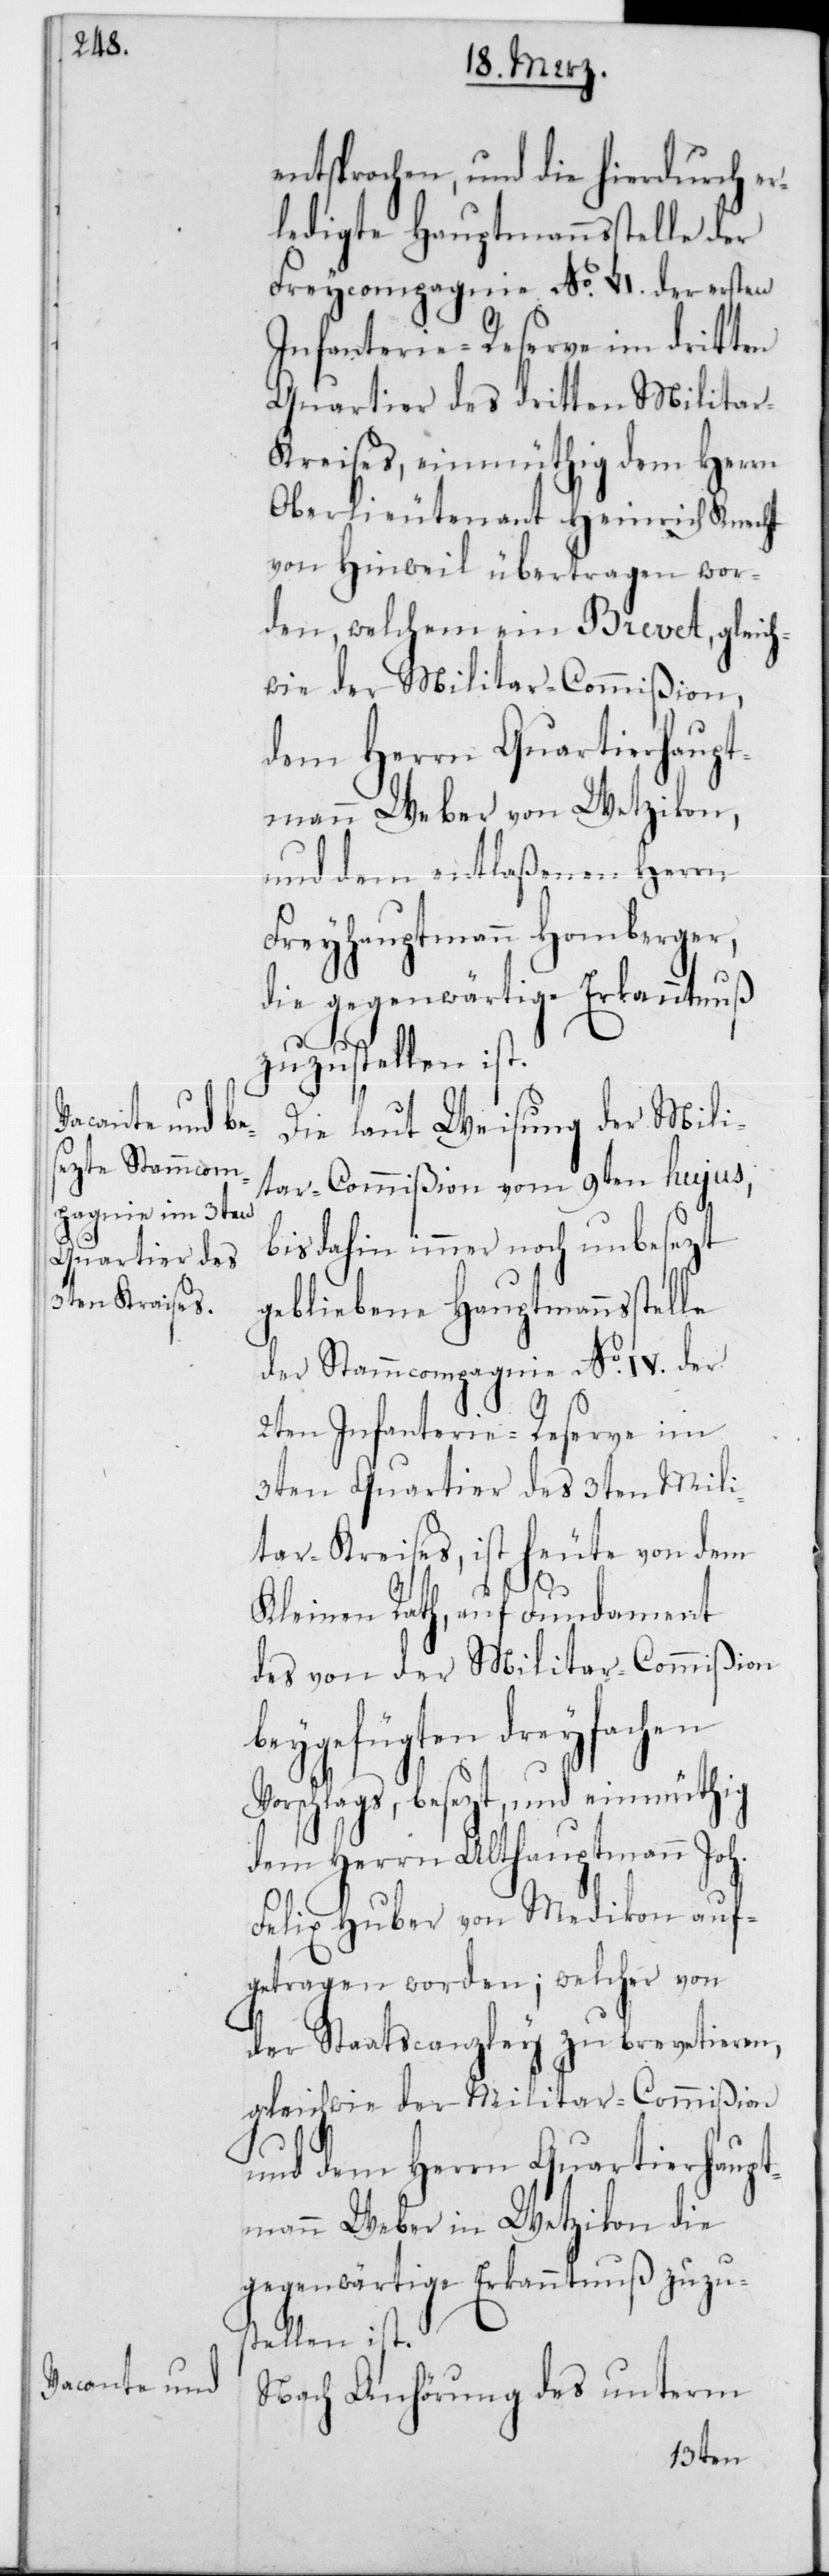
entsprochen, und die hierdurch er¬
ledigte Hauptmannsstelle der
Freycompagnie No IV der ersten
Infanterie-Reserve im dritten
Quartier des dritten Milita¬
r-Kreises, einmüthig dem Herrn
Oberlieutenant Heinrich Knecht
von Hinweil übertragen wor¬
den, welchem ein Brevet, gleich¬
wie der Militar-Commißion,
dem Herrn Quartierhaupt¬
mann Weber von Wetzikon,
und dem entlaßenen Herrn
Freyhauptmann Homberger,
die gegenwärtige Erkanntnuß
zuzustellen ist.
Die laut Weisung der Mili¬
tar-Commißion vom 9ten hujus,
bis dahin immer noch unbesezt
gebliebene Hauptmannsstelle
der Stammcompagnie No IV der
2ten Infanterie-Reserve im
3ten Quartier des 3ten Mili¬
tar-Kreises, ist heute von dem
Kleinen Rath, auf Fundament
des von der Militar-Commißion
beygefügten dreyfachen
Vorschlags, besezt, und einmüthig
dem Herrn Althauptmann Joh.
Felix Huber von Medikon auf¬
getragen worden; welcher von
der Staatscanzley zu brevetieren,
gleichwie der Militar-Commißion
und dem Herrn Quartierhaupt¬
mann Weber in Wetzikon die
gegenwärtige Erkanntnuß zuzu¬
stellen ist.
Nach Anhörung des unterm